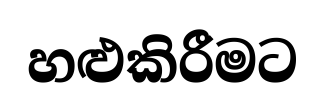
හළුකිරීමට